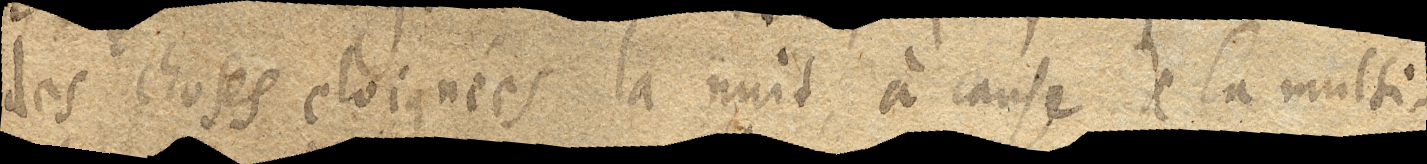
des choses eloignées la nuit, à cause de la multi–